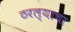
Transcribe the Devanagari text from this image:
ठरल्याचा